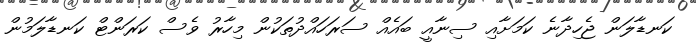
ކަނޑާލަން ޖެހިދާނެ ކަމަށާއި ސިނާއީ ބައެއް ސަރަހައްދުތަކުން މިހާރު ވެސް ކަރަންޓް ކަނޑާލަމުން